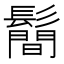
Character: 鬝